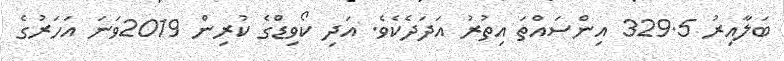
ބަލާއިރު 329.5 އިންސައްތަ އިތުރު އަދަދެކެވެ. އަދި ކޯވިޑްގެ ކުރިން 2019ވަނަ އަހަރުގެ